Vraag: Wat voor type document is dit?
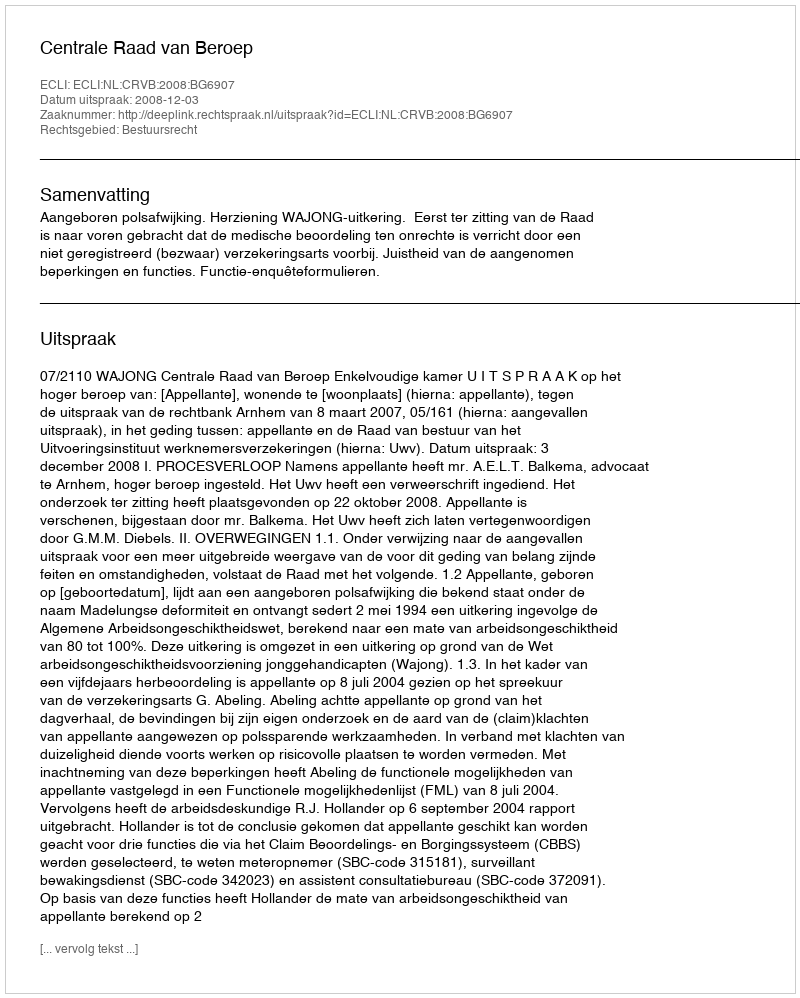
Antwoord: Uitspraak